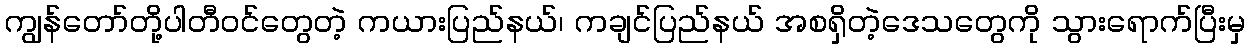
ကျွန်တော်တို့ပါတီဝင်တွေတဲ့ ကယားပြည်နယ်၊ ကချင်ပြည်နယ် အစရှိတဲ့ဒေသတွေကို သွားရောက်ပြီးမှ